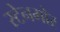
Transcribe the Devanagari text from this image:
स्टेनमोर